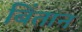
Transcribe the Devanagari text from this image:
बिंतान